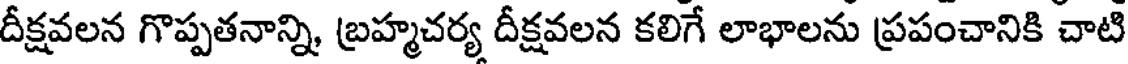
దీక్షవలన గొప్పతనాన్ని, బ్రహ్మచర్య దీక్షవలన కలిగే లాభాలను ప్రపంచానికి చాటి